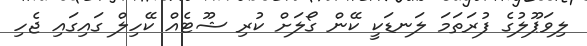
ލިވަޕޫލުގެ ފުރަތަމަ ލަނޑަކީ ކޭން ގޯލަށް ކުރި ޝޫޓެއް ކޭހިލް ގައިގައި ޖެހި